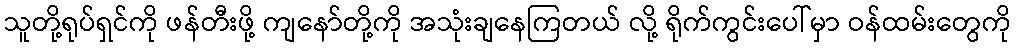
သူတို့ရုပ်ရှင်ကို ဖန်တီးဖို့ ကျနော်တို့ကို အသုံးချနေကြတယ် လို့ ရိုက်ကွင်းပေါ်မှာ ဝန်ထမ်းတွေကို